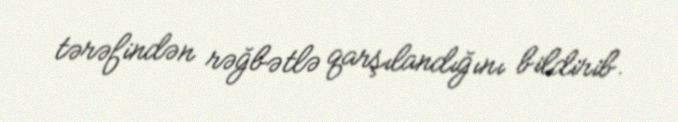
tərəfindən rəğbətlə qarşılandığını bildirib.